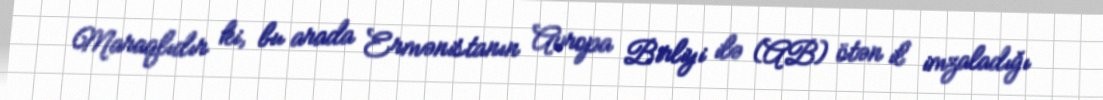
Maraqlıdır ki, bu arada Ermənistanın Avropa Birliyi ilə (AB) ötən il imzaladığı